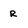
Character: r